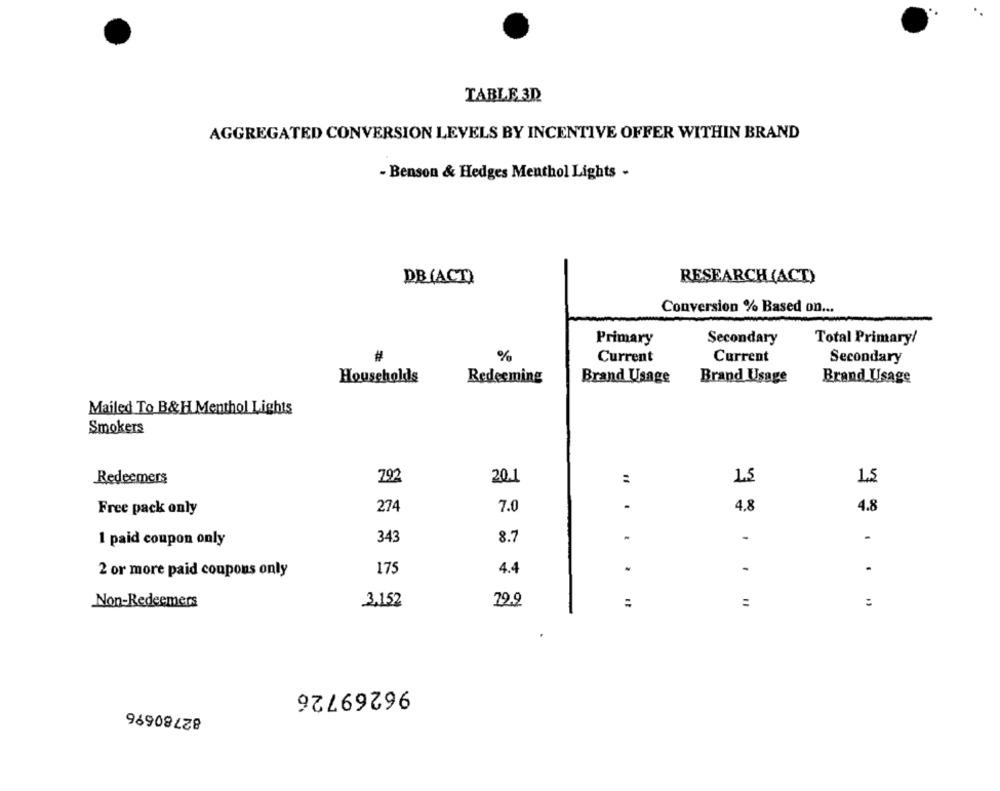
TABLE 3D
AGGREGATED CONVERSION LEVELS BY INCENTIVE OFFER WITHIN BRAND
- Benson & Hedges Menthol Lights -
DB (ACT)
RESEARCH (ACT)
Conversion % Based on ...
Primary
Secondary
Total Primary/
%
Current
Current
Secondary
Households
Redeeming
Brand Usage
Brand Usage
Brand Usage
Mailed To B&H Menthol Lights
Smokers
Redeemers
792
20.1
:
1.5
.
Free pack only
274
7.0
4,8
4.8
343
8.7
-
1 paid coupon only
175
4.4
-
-
2 or more paid coupons only
79.9
Non-Redeemers
3,152
=
:
96269726
82780696